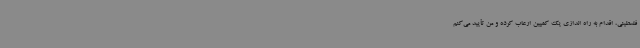
فلسطینی، اقدام به راه اندازی یک کمپین ارعاب کرده و من تأیید می‌کنم